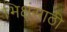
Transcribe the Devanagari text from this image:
भिक्षूंसाठी